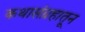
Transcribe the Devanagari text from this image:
कथासंग्रहातून